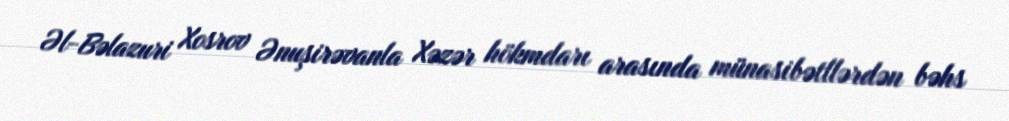
Əl-Bəlazuri Xosrov Ənuşirəvanla Xəzər hökmdarı arasında münasibətllərdən bəhs